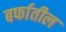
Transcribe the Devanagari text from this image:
बर्फातील